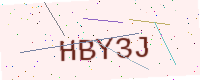
Text: HBY3J